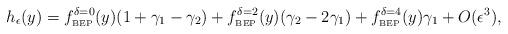
LaTeX: \begin{align*}h_\epsilon(y) = f_{\tiny \mbox{BEP}}^{\delta=0}(y) (1+ \gamma_1 - \gamma_2)+ f_{\tiny \mbox{BEP}}^{\delta=2}(y)(\gamma_2- 2 \gamma_1)+ f_{\tiny \mbox{BEP}}^{\delta=4}(y)\gamma_1+ O(\epsilon^3),\end{align*}